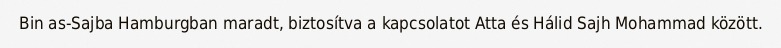
Bin as-Sajba Hamburgban maradt, biztosítva a kapcsolatot Atta és Hálid Sajh Mohammad között.